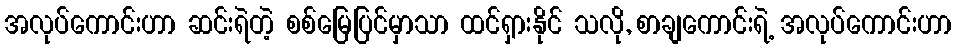
အလုပ်ကောင်းဟာ ဆင်းရဲတဲ့ စစ်မြေပြင်မှာသာ ထင်ရှားနိုင် သလို, စာချကောင်းရဲ့ အလုပ်ကောင်းဟာ